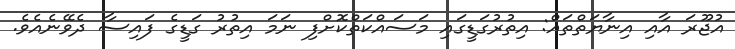
އުޖޫރަ އާއި އިނާޔަތްތައް: އިތުރުގަޑީގައި މަސައްކަތްކޮށްފި ނަމަ އިތުރު ގަޑީގެ ފައިސާ ދެވޭނެއެވެ.